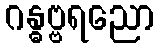
ဂန္ဓဗ္ဗရညော